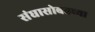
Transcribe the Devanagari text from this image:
संघासोबतच्या